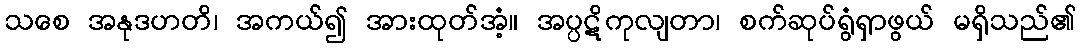
သစေ အနုဒဟတိ၊ အကယ်၍ အားထုတ်အံ့။ အပ္ပဋိကုလျတာ၊ စက်ဆုပ်ရွံရှာဖွယ် မရှိသည်၏